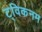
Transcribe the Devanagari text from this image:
ट्विकनम